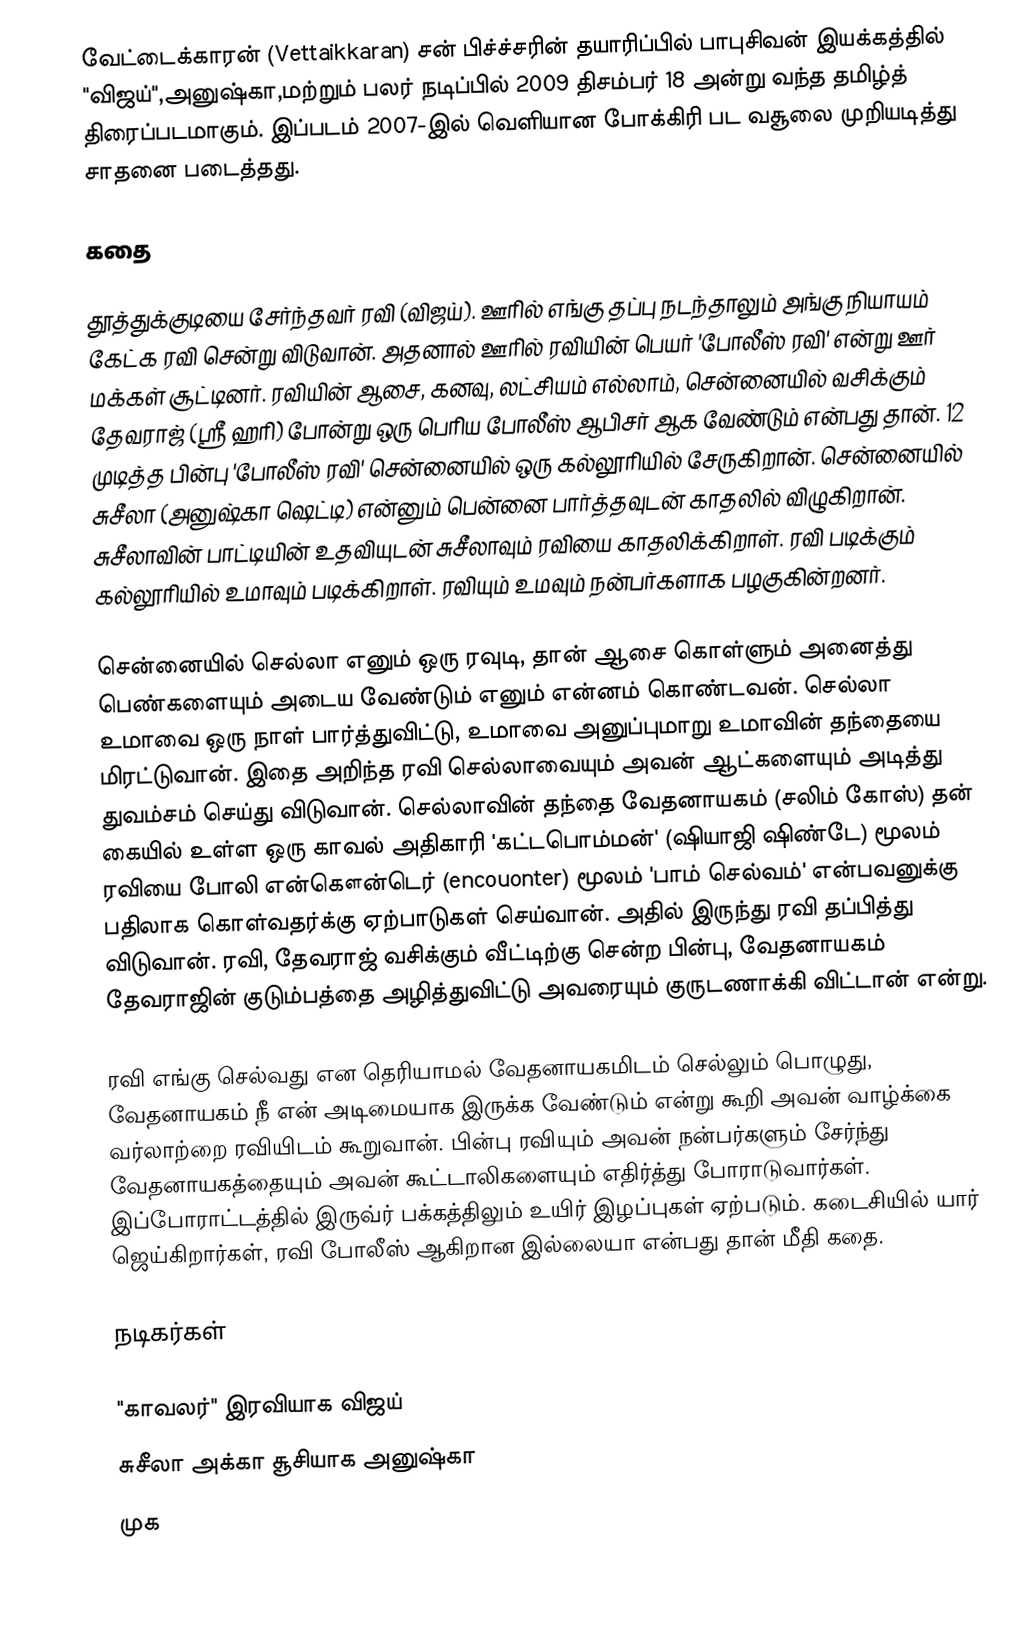
வேட்டைக்காரன் (Vettaikkaran) சன் பிச்ச்சரின் தயாரிப்பில் பாபுசிவன் இயக்கத்தில் "விஜய்",அனுஷ்கா,மற்றும் பலர் நடிப்பில் 2009 திசம்பர் 18 அன்று வந்த தமிழ்த் திரைப்படமாகும். இப்படம் 2007-இல் வெளியான போக்கிரி பட வசூலை முறியடித்து சாதனை படைத்தது.

கதை

தூத்துக்குடியை சேர்ந்தவர் ரவி (விஜய்). ஊரில் எங்கு தப்பு நடந்தாலும் அங்கு நியாயம் கேட்க ரவி சென்று விடுவான். அதனால் ஊரில் ரவியின் பெயர் 'போலீஸ் ரவி' என்று ஊர் மக்கள் சூட்டினர். ரவியின் ஆசை, கனவு, லட்சியம் எல்லாம், சென்னையில் வசிக்கும் தேவராஜ் (ஸ்ரீ ஹரி) போன்று ஒரு பெரிய போலீஸ் ஆபிசர் ஆக வேண்டும் என்பது தான். 12 முடித்த பின்பு 'போலீஸ் ரவி' சென்னையில் ஒரு கல்லூரியில் சேருகிறான். சென்னையில் சுசீலா (அனுஷ்கா ஷெட்டி) என்னும் பென்னை பார்த்தவுடன் காதலில் விழுகிறான். சுசீலாவின் பாட்டியின் உதவியுடன் சுசீலாவும் ரவியை காதலிக்கிறாள். ரவி படிக்கும் கல்லூரியில் உமாவும் படிக்கிறாள். ரவியும் உமவும் நன்பர்களாக பழகுகின்றனர்.

சென்னையில் செல்லா எனும் ஒரு ரவுடி, தான் ஆசை கொள்ளும் அனைத்து பெண்களையும் அடைய வேண்டும் எனும் என்னம் கொண்டவன். செல்லா உமாவை ஒரு நாள் பார்த்துவிட்டு, உமாவை அனுப்புமாறு உமாவின் தந்தையை மிரட்டுவான். இதை அறிந்த ரவி செல்லாவையும் அவன் ஆட்களையும் அடித்து துவம்சம் செய்து விடுவான். செல்லாவின் தந்தை வேதனாயகம் (சலிம் கோஸ்) தன் கையில் உள்ள ஒரு காவல் அதிகாரி 'கட்டபொம்மன்' (ஷியாஜி ஷிண்டே) மூலம் ரவியை போலி என்கௌன்டெர் (encouonter) மூலம் 'பாம் செல்வம்' என்பவனுக்கு பதிலாக கொள்வதர்க்கு ஏற்பாடுகள் செய்வான். அதில் இருந்து ரவி தப்பித்து விடுவான். ரவி, தேவராஜ் வசிக்கும் வீட்டிற்கு சென்ற பின்பு, வேதனாயகம் தேவராஜின் குடும்பத்தை அழித்துவிட்டு அவரையும் குருடணாக்கி விட்டான் என்று.

ரவி எங்கு செல்வது என தெரியாமல் வேதனாயகமிடம் செல்லும் பொழுது, வேதனாயகம் நீ என் அடிமையாக இருக்க வேண்டும் என்று கூறி அவன் வாழ்க்கை வர்லாற்றை ரவியிடம் கூறுவான். பின்பு ரவியும் அவன் நன்பர்களும் சேர்ந்து வேதனாயகத்தையும் அவன் கூட்டாலிகளையும் எதிர்த்து போராடுவார்கள். இப்போராட்டத்தில் இருவ்ர் பக்கத்திலும் உயிர் இழப்புகள் ஏற்படும். கடைசியில் யார் ஜெய்கிறார்கள், ரவி போலீஸ் ஆகிறான இல்லையா என்பது தான் மீதி கதை.

நடிகர்கள்

 "காவலர்" இரவியாக விஜய்
 சுசீலா அக்கா சூசியாக அனுஷ்கா
 முக